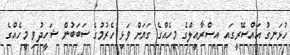
ހުޅަނގު އައްސޭރީގައި އިސްރާއީލްގެ މީހެއްގެ ގަޔަށް ވަޅި ހެރުމުގެ ސަބަބުން ޝަހީދުވި މީހެއްގެ